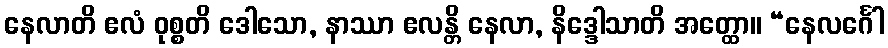
နေလာတိ ဧလံ ဝုစ္စတိ ဒေါသော, နာဿာ ဧလန္တိ နေလာ, နိဒ္ဒေါသာတိ အတ္ထော။ “နေလင်္ဂေါ